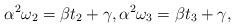
LaTeX: \begin{align*} \alpha^2\omega_2=\beta t_2+\gamma,\alpha^2\omega_3=\beta t_3+\gamma,\end{align*}